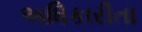
અધિકારીતા